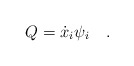
\begin{align*}Q={\dot x}_i\psi_i\quad . \end{align*}